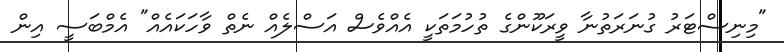
"މިނިސްޓަރު ގުނަރަތުނާ ވީރަކޫންގެ ތުހުމަތަކީ އެއްވެސް އަސްލެއް ނެތް ވާހަކައެެއް" އެމްބަސީ އިން